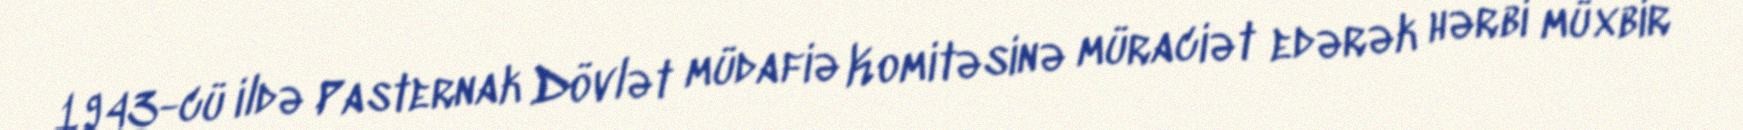
1943-cü ildə Pasternak Dövlət müdafiə Komitəsinə müraciət edərək hərbi müxbir